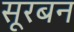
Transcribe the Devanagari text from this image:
सूरबन